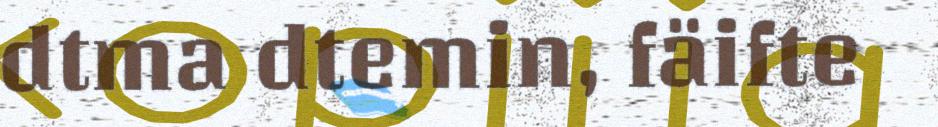
dtma dtemin, fäifte